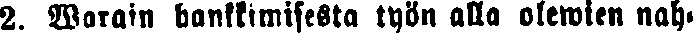
2. Warain hankkimisesta työn alla olewien nah-